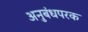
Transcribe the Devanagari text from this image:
अनुबंधपरक